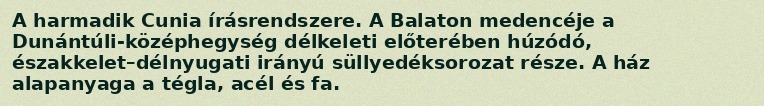
A harmadik Cunia írásrendszere. A Balaton medencéje a Dunántúli-középhegység délkeleti előterében húzódó, északkelet–délnyugati irányú süllyedéksorozat része. A ház alapanyaga a tégla, acél és fa.